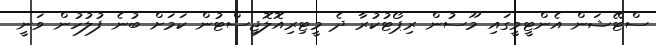
ސްޓޭޝަން އެންޓީވީގައި މޫސުން ރިޕޯޓުކުރާ ދެ މީޓިރިއޮލޮޖިސްޓުން ކަމަށް ބުނެ ފުލުހުން ވަނީ